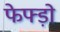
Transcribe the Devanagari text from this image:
फेफ्ड़ो